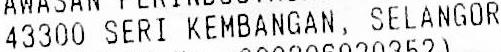
43300 SERI KEMBANGAN, SELANGOR